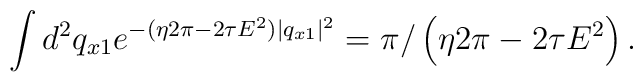
\int d^2q_{x1}e^{ -( \eta 2\pi - 2\tau E^2 ) |q_{x1}|^2 }=\pi/ \left ( \eta 2\pi - 2\tau E^2 \right ).